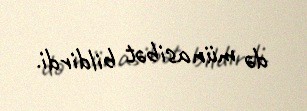
də münasibət bildirdi.